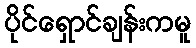
ပိုင်ရှောင်ချန်းကမူ